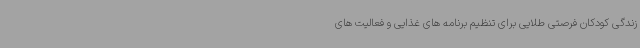
زندگی کودکان فرصتی طلایی برای تنظیم برنامه های غذایی و فعالیت های